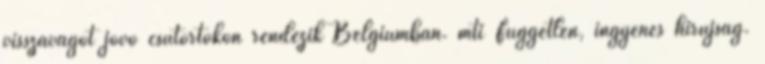
visszavágót jövő csütörtökön rendezik Belgiumban. mti Független, ingyenes hírújság.